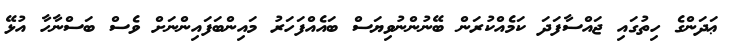
ޢަދަންގެ ހިތުގައި ޖައްސާފަދަ ކަމެއްކުރަން ބޭނުންނުވިޔަސް ބައެއްފަހަރު މައިންބަފައިންނަށް ވެސް ބަސްނާހާ އުޅޭ